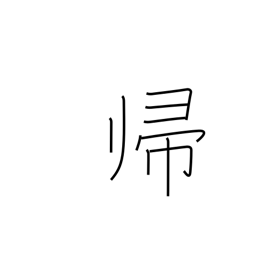
Meaning: homecoming